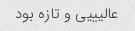
عالیییی و تازه بود